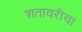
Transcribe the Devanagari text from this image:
शतावरीचा